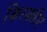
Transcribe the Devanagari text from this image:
किरक्लीन